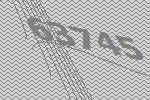
63745